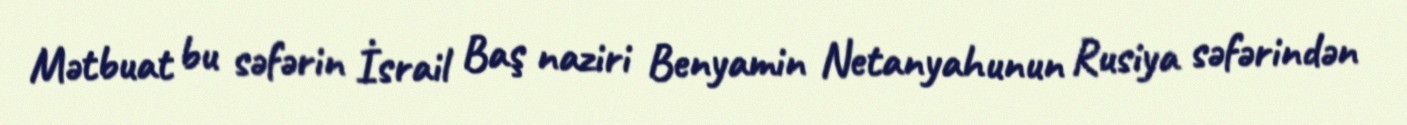
Mətbuat bu səfərin İsrail Baş naziri Benyamin Netanyahunun Rusiya səfərindən